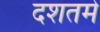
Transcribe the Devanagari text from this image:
दशतमे